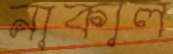
নাকাল